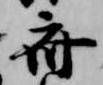
斎